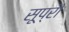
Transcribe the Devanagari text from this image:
सूप्रौ